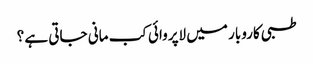
طبی کاروبار میں لاپروائی کب مانی جاتی ہے ؟